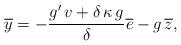
LaTeX: \begin{align*} \overline{y}=-\frac{g'\,v+\delta \,\kappa \, g }{\delta}\overline{e}-g\,\overline{z}, \end{align*}